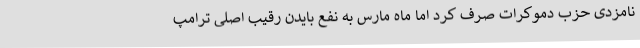
نامزدی حزب دموکرات صرف کرد اما ماه مارس به نفع بایدن رقیب اصلی ترامپ